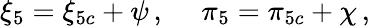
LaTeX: {\xi}_{5}={\xi}_{5c}+\psi\, ,~~~~~{\pi}_{5}={\pi}_{5c}+\chi\, ,